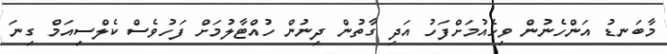
މާބަނޑު އަންހެނުން ވިހެއުމަށްފަހު އަދި ގާތުން ދިނުން ހުއްޓާލުމަށް ފަހުވެސް ކެލްސިއަމް ގިނަ